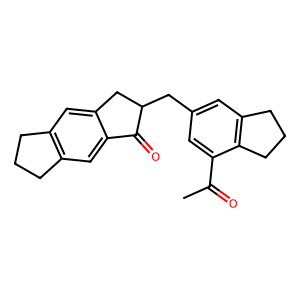
SMILES: CC(=O)c1cc(CC2Cc3cc4c(cc3C2=O)CCC4)cc2c1CCC2
Inhibits HIV replication: No